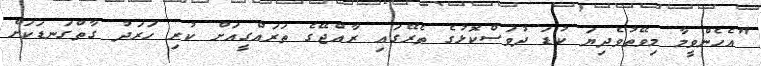
"އެހެންވީމާ މިވޭތުވެދިޔަ ކުޑަ ދުވަސްކޮޅުގެ ތެރޭގައި ރާއްޖޭގެ ތަރައްގީއަށް ކުރި ހަރަދު ގާތްގަނޑަކަށް